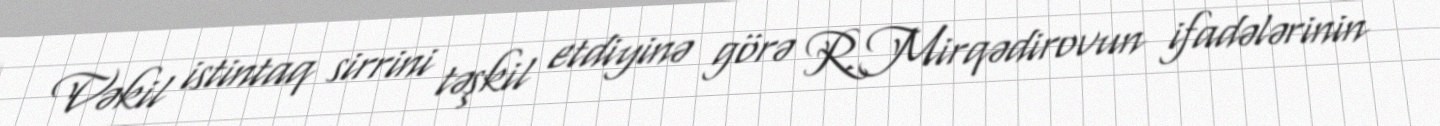
Vəkil istintaq sirrini təşkil etdiyinə görə R.Mirqədirovun ifadələrinin